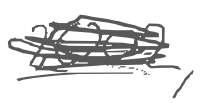
Text: 2002,
Cross-out: scratch
Writing tool: digital_gray